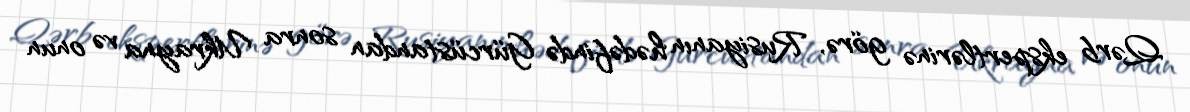
Qərb ekspertlərinə görə, Rusiyanın hədəfində Gürcüstandan sonra Ukrayna və onun